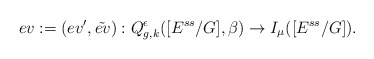
\begin{align*}ev:=(ev',\tilde{ev}):Q^{\epsilon}_{g,k}([E^{ss}/G],\beta)\rightarrow I_{\mu}([E^{ss}/G]).\end{align*}